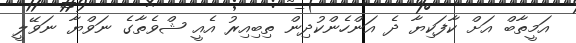
އަމީތާބް އަށް ކާފަކިޔާ ދެ އަންހެންކުދިން ތިބިއިރު އެއީ ޝްވެތާގެ ނަވްޔާ ނަވޭލީ